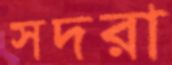
সদরা